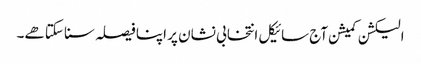
الیکشن کمیشن آج سائیکل انتخابی نشان پر اپنا فیصلہ سنا سکتا هے۔